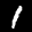
Label: 1